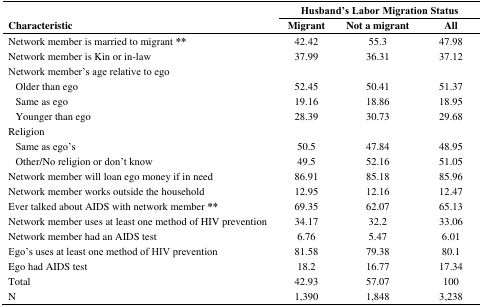
<table><thead><tr><td colspan="2"></td><td colspan="3"><b>Husband’s Labor Migration Status</b></td></tr><tr><td colspan="2"><b>Characteristic</b></td><td><b>Migrant</b></td><td><b>Not a migrant</b></td><td><b>All</b></td></tr></thead><tbody><tr><td colspan="2">Network member is married to migrant <b>**</b></td><td>42.42</td><td>55.3</td><td>47.98</td></tr><tr><td colspan="2">Network member is Kin or in-law</td><td>37.99</td><td>36.31</td><td>37.12</td></tr><tr><td colspan="2">Network member’s age relative to ego</td><td></td><td></td><td></td></tr><tr><td> </td><td>Older than ego </td><td>52.45</td><td>50.41</td><td>51.37</td></tr><tr><td> </td><td>Same as ego</td><td>19.16</td><td>18.86</td><td>18.95</td></tr><tr><td> </td><td>Younger than ego</td><td>28.39</td><td>30.73</td><td>29.68</td></tr><tr><td colspan="2">Religion</td><td></td><td></td><td></td></tr><tr><td> </td><td>Same as ego’s</td><td>50.5</td><td>47.84</td><td>48.95</td></tr><tr><td> </td><td>Other/No religion or don’t know</td><td>49.5</td><td>52.16</td><td>51.05</td></tr><tr><td colspan="2">Network member will loan ego money if in need</td><td>86.91</td><td>85.18</td><td>85.96</td></tr><tr><td colspan="2">Network member works outside the household</td><td>12.95</td><td>12.16</td><td>12.47</td></tr><tr><td colspan="2">Ever talked about AIDS with network member <b>**</b></td><td>69.35</td><td>62.07</td><td>65.13</td></tr><tr><td colspan="2">Network member uses at least one method of HIV prevention</td><td>34.17</td><td>32.2</td><td>33.06</td></tr><tr><td colspan="2">Network member had an AIDS test</td><td>6.76</td><td>5.47</td><td>6.01</td></tr><tr><td colspan="2">Ego’s uses at least one method of HIV prevention</td><td>81.58</td><td>79.38</td><td>80.1</td></tr><tr><td colspan="2">Ego had AIDS test</td><td>18.2</td><td>16.77</td><td>17.34</td></tr><tr><td colspan="2">Total</td><td>42.93</td><td>57.07</td><td>100</td></tr><tr><td colspan="2">N</td><td>1,390</td><td>1,848</td><td>3,238</td></tr></tbody></table>